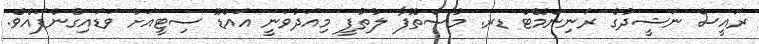
ރައީސް ނަޝީދުގެ ރަނިންމޭޓް ޑރ. މުސްތޮފާ ލުތުފީ މިއަދުވަނީ އައްޑޫ ސިޓީއަށް ވަޑައިގެންފައެވެ.